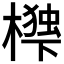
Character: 𭬃